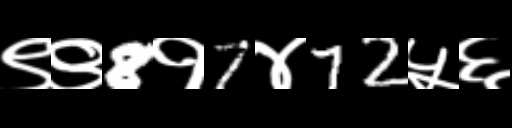
Text: ९९8१7४72५६